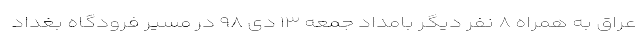
عراق به همراه ۸ نفر دیگر بامداد جمعه ۱۳ دی ۹۸ در مسیر فرودگاه بغداد